Scottish Leaving Certificate Examination, 1956
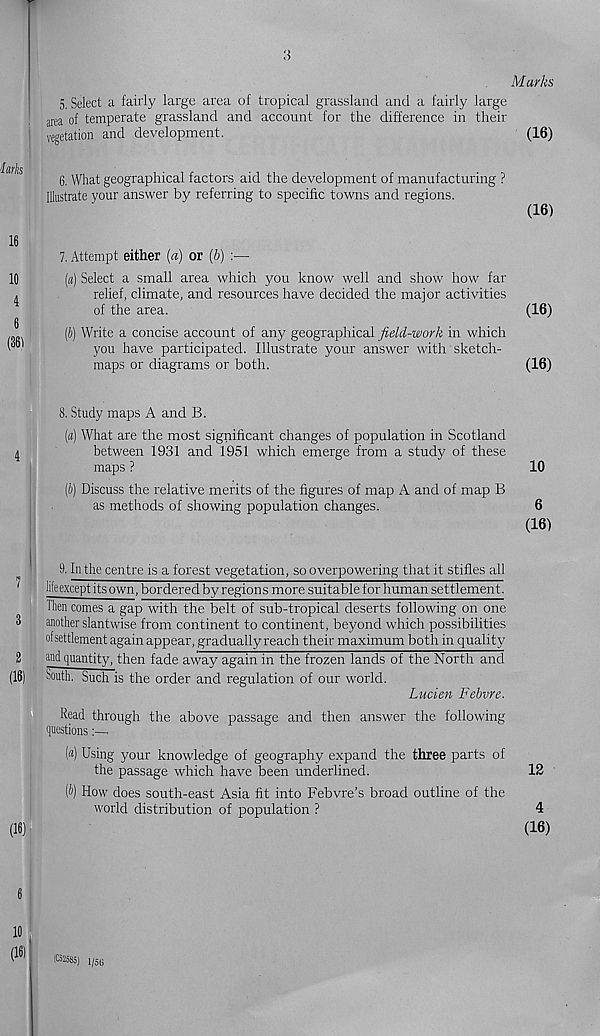
Marks
3
Mis
5. Select a fairly large area of tropical grassland and a fairly large
area of temperate grassland and account for the difference in their
vegetation and development.
6. What geographical factors aid the development of manufacturing ?
Illustrate your answer by referring to specific towns and regions.
(16)
(16)
7. Attempt either (a) or (b) :—
(«) Select a small area which you know well and show how far
relief, climate, and resources have decided the major activities
of the area.
(16)
(b) Write a concise account of any geographical field-work in which
you have participated. Illustrate your answer with sketch-
maps or diagrams or both.
(16)
8. Study maps A and B.
(a) What are the most significant changes of population in Scotland
between 1931 and 1951 which emerge from a study of these
maps ?
10
(b) Discuss the relative merits of the figures of map A and of map B
as methods of showing population changes.
6
(16)
9. In the centre is a forest vegetation, so overpowering that it stifles all
lifeexceptitsown, bordered by regions more suitable for human settlement.
Then comes a gap with the belt of sub-tropical deserts following on one
another slantwise from continent to continent, beyond which possibilities
of settlement again appear, gradually reach their maximum both in quality
and quantity, then fade away again in the frozen lands of the North and
South. Such is the order and regulation of our world.
Lucien Febvre.
Read through the above passage and then answer the following
questions
(«) Using your knowledge of geography expand the three parts of
the passage which have been underlined.
{b) How does south-east Asia fit into Febvre's broad outline of the
world distribution of population ?
12
4
(16)
(C32585) 1/5 (j